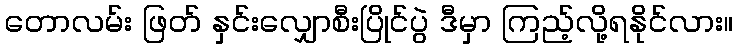
တောလမ်း ဖြတ် နှင်းလျှောစီးပြိုင်ပွဲ ဒီမှာ ကြည့်လို့ရနိုင်လား။